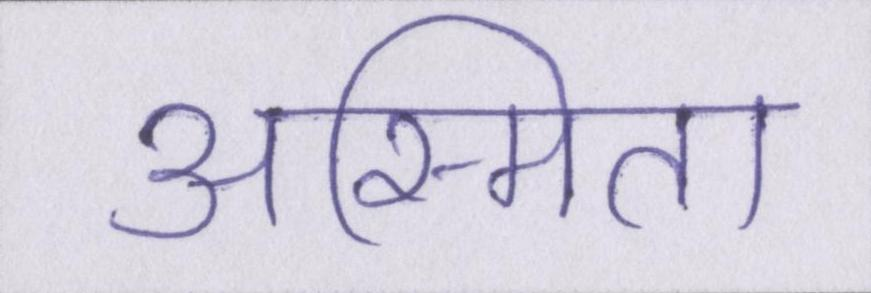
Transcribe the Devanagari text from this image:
अस्मिता